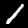
Label: 1